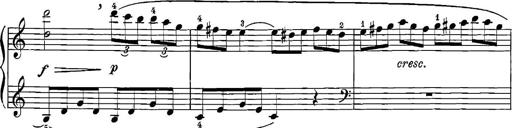
Title: 12 Sonatinas
Composer: Ignaz Pleyel